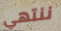
ننتهي